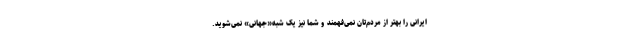
ایرانی را بهتر از مردم‌تان نمی‌فهمند و شما نیز یک شبه«جهانی» نمی‌شوید.